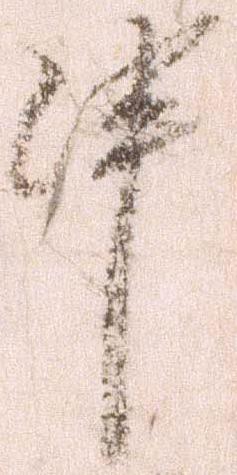
申